Lunatic asylums United Prov. 1922-30 - 1922-1930
Year: 1922
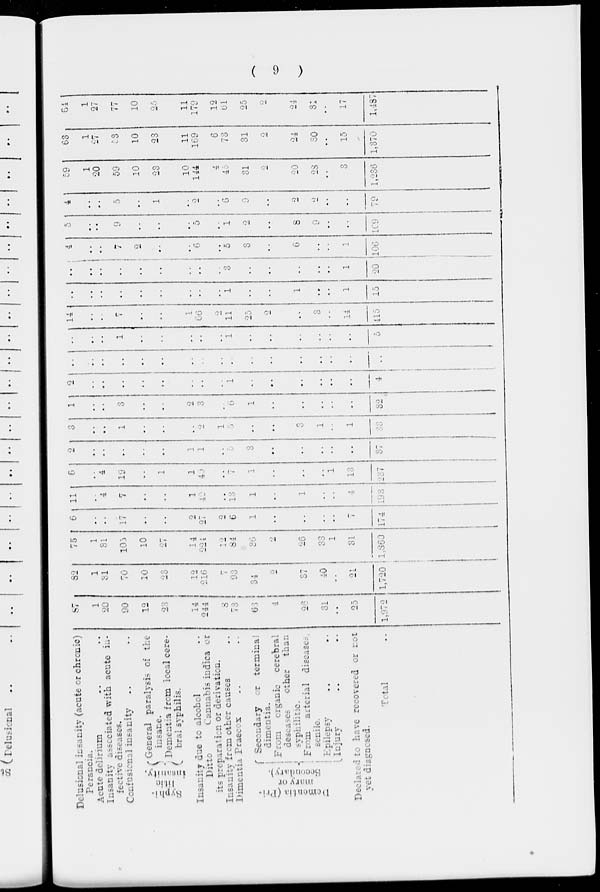
( 9 )
Delusional insanity (acute or chronic)
Perancia.
Acute delirium .. ..
Insanity associated with acute in-
fective diseases.
Confusional insanity .. ..
Syphi-
litie
insanity.
General paralysis of the
insane.
Dementia from local cere-
bral syphilis.
Insanity due to alcohol ..
Ditto
Cannabis indica or
its preparation or derivation.
Insanity from other causes ..
Dimentia Praecox .. ..
Demontia (Pri-
mary or
Secondary).
Secondary or terminal
dimentia.
From
organic
cerebral
deseases
other
than
syphilitic.
From
arterial diseases,
senile.
Epilepsy .. ..
Injury .. ..
Declared to have recovered or not
yet diagnosed.
Total ..
87
1
20
90
12
23
14
244
8
73
63
4
26
31
..
25
1,972
82 1
31
70
10
23
12
216
7
93
34
2
37
40
..
21
1,720
75
1
31
105
10
27
14
224
12
84
36
2
26
33
1
31
1,860
6
..
..
17
..
..
2
27
2
6
1
..
..
..
..
7
174
11
..
4
7
..
..
1
40
..
13
1
..
1
..
..
4
193
6
..
4
19
..
1
1
40
..
7
1
..
..
..
1
13
237
2
..
..
..
..
..
1
1
..
5
3
..
..
..
..
..
37
3
..
..
1
..
..
..
2
1
5
..
..
3
1
..
1
33
1
..
..
3
..
..
2
3
..
6
1
..
..
..
..
..
32
2
..
..
..
..
..
..
..
..
1
..
..
..
..
..
..
4
..
..
..
..
..
..
..
..
..
..
..
..
..
..
..
..
..
..
..
..
1
..
..
..
..
..
1
..
..
..
..
..
..
5
14
..
..
7
..
..
1
66
2
11
25
2
..
3
..
14
415
..
..
..
..
..
..
..
..
..
1
..
..
1
..
..
1
15
.. ..
..
..
..
..
..
..
..
3
..
..
..
..
..
1
20
4
..
..
7
2
..
..
6
..
5
3
..
6
..
..
1
106
5
..
..
9
..
..
..
5
..
1
2
..
8
9
..
..
109
4
..
..
5
..
1
..
2
..
6
9
..
2
2
..
..
79
59
1
20
59
10
23
10
144
4
45
31
2
20
28
..
3
1,236
63
1
27
53
10
23
11
169
6
73
31
2
24
30
..
15
1,370
64
1
27
77
10
25
11
179
12
61
25
2
24
31
..
17
1,487